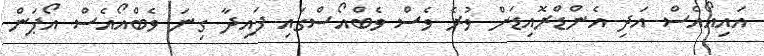
އައިއޯއެސް އަދި އެންޑްރޮއިޑަށް ވުރެ ވެސް ވެބްއޯސްގައި ފައިދާ ގިނަ ވެބްއޯއެސް އޯޕަން